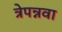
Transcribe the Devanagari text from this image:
त्रेपन्नवा